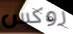
روكس